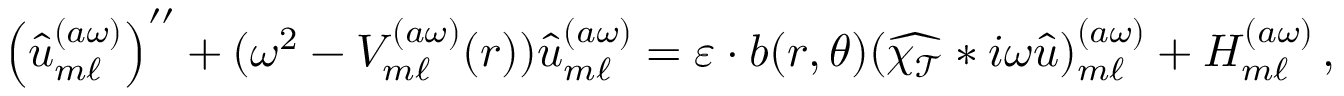
\begin{array} { r } { \left( \widehat { u } _ { m \ell } ^ { ( a \omega ) } \right) ^ { \prime \prime } + ( \omega ^ { 2 } - V _ { m \ell } ^ { ( a \omega ) } ( r ) ) \widehat { u } _ { m \ell } ^ { ( a \omega ) } = \varepsilon \cdot b ( r , \theta ) ( \widehat { \chi _ { \mathcal { T } } } * i \omega \widehat { u } ) _ { m \ell } ^ { ( a \omega ) } + H _ { m \ell } ^ { ( a \omega ) } \, , } \end{array}